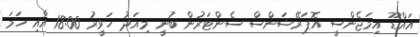
އައްޑޫ އިމަޖެންސީ އޮޕަރޭޝަންސް ސެންޓަރުން ބުނީ މިއަދު ހަވީރު 18:00 އާއި ހަމަ